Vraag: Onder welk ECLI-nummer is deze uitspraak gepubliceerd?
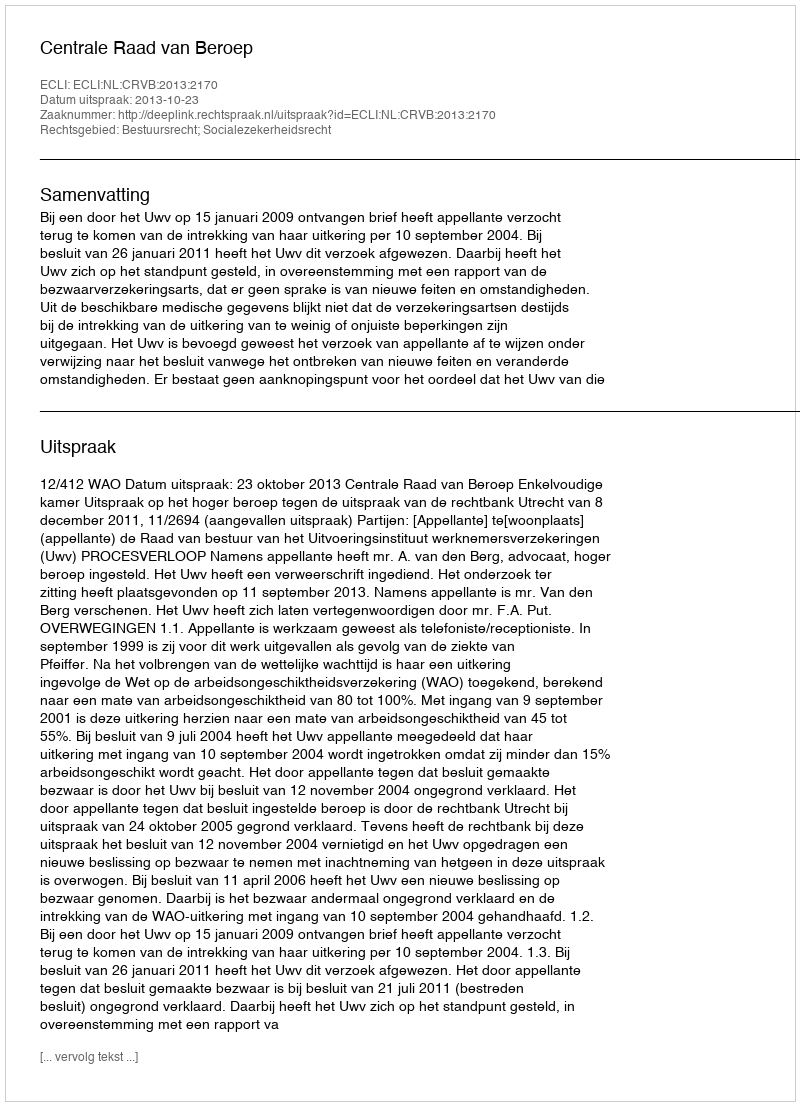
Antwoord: ECLI:NL:CRVB:2013:2170